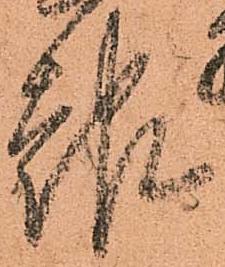
報